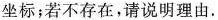
的坐标；若不存在，请说明理由.